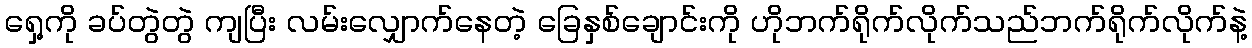
ရှေ့ကို ခပ်တွဲတွဲ ကျပြီး လမ်းလျှောက်နေတဲ့ ခြေနှစ်ချောင်းကို ဟိုဘက်ရိုက်လိုက်သည်ဘက်ရိုက်လိုက်နဲ့